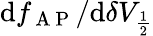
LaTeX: \mathrm{d}f_{\mathrm{~A~P~}}/\mathrm{d}\delta V_{\frac{1}{2}}